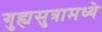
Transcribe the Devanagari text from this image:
गुह्यसुत्रामध्ये